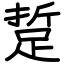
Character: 踅